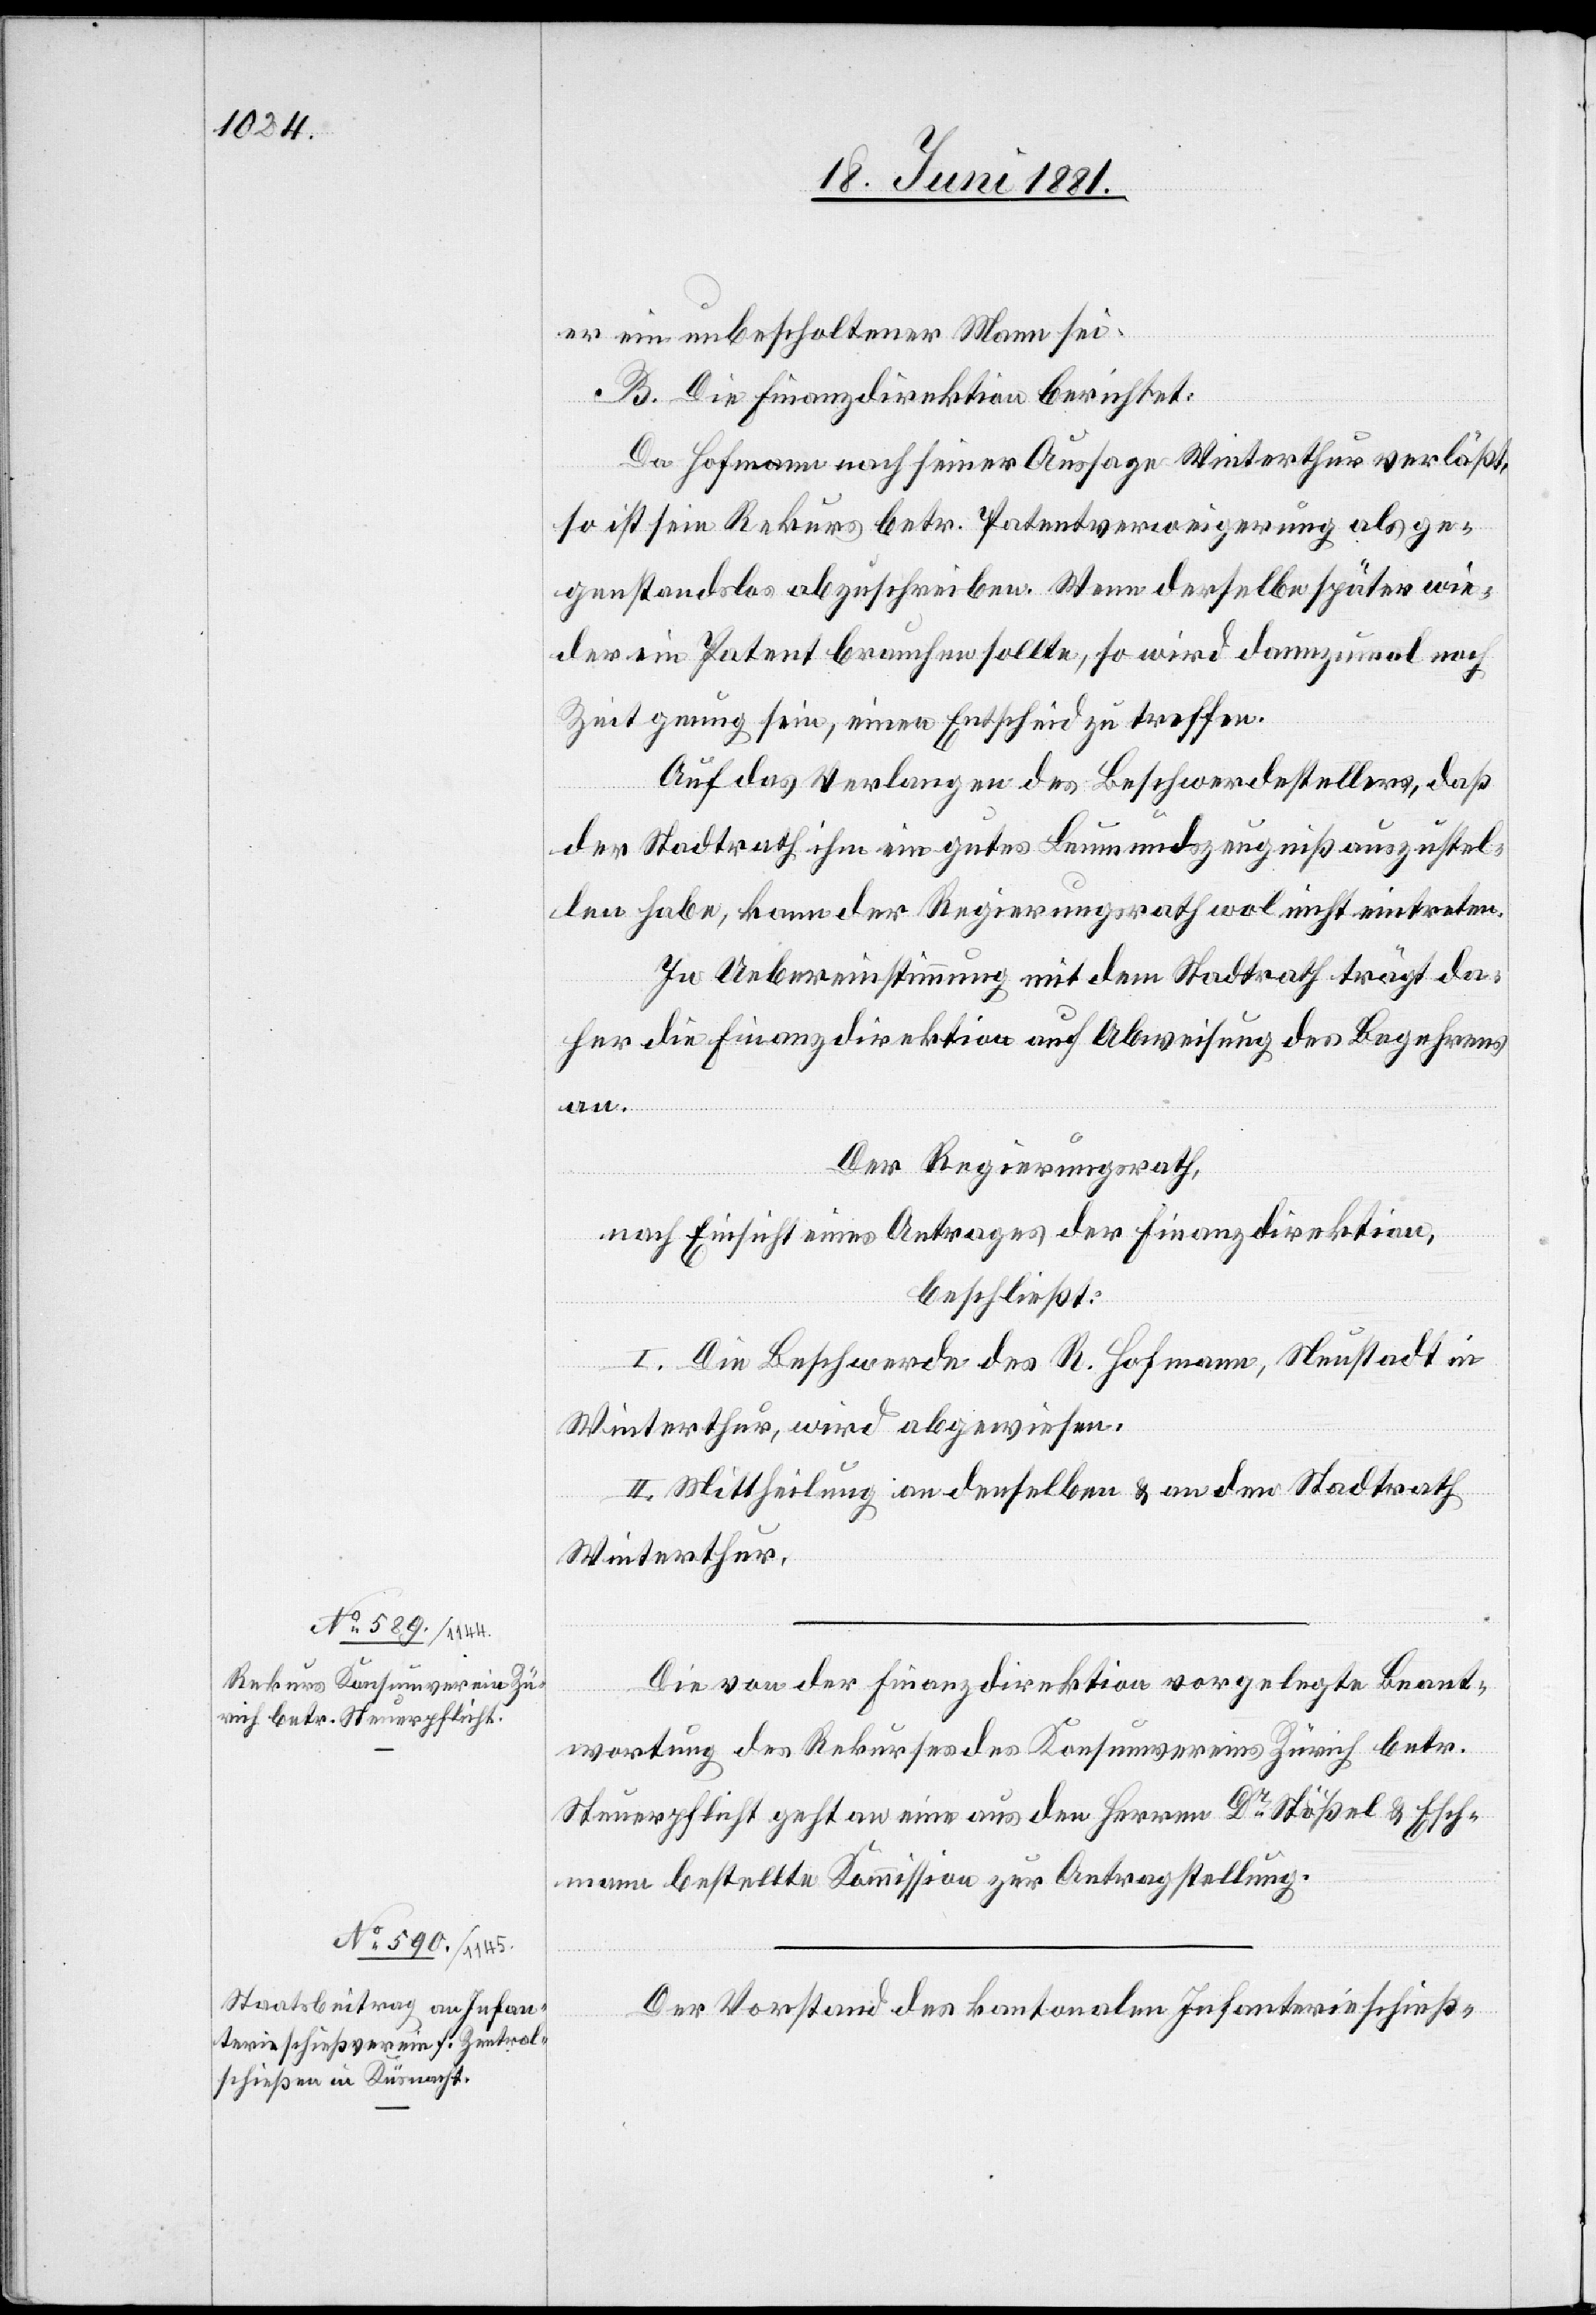
er ein unbescholtener Mann sei.
B. Die Finanzdirektion berichtet:
an.
Da Hofmann nach seiner Aussage Winterthur verläßt,
so ist sein Rekurs betr. Patentverweigerung als ge¬
genstandslos abzuschreiben. Wenn derselbe später wie¬
der ein Patent brauchen sollte, so wird dannzumal noch
Zeit genug sein, einen Entscheid zu treffen.
Auf das Verlangen des Beschwerdestellers, daß
der Stadtrath ihm ein gutes Leumundszeugniß auszustel¬
len habe, kann der Regierungsrath wol nicht eintreten.
In Uebereinstimmung mit dem Stadtrath trägt da¬
her die Finanzdirektion auf Abweisung des Begehrens
Der Regierungsrath,
nach Einsicht eines Antrages der Finanzdirektion,
beschließt:
I. Die Beschwerde des R. Hofmann, Neustadt in
Winterthur, wird abgewiesen.
II. Mittheilung an denselben & an den Stadtrath
Winterthur.
Die von der Finanzdirektion vorgelegte Beant¬
wortung des Rekurses des Konsumvereins Zürich betr.
Steuerpflicht geht an eine aus den Herren Dr Stößel & Esch¬
mann bestellte Kommission zur Antragstellung.
Der Vorstand des kantonalen Infanterieschieß-